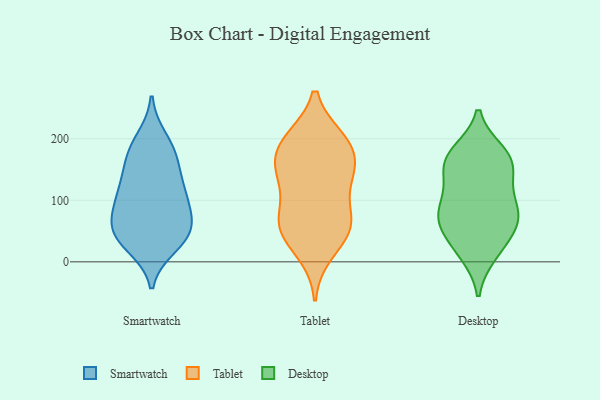
{"axis": {"x": "Demand Index", "y": "Value"}, "legend": ["Desktop", "Smartwatch", "Tablet"], "data": [{"x": "", "y": 89, "type": "Smartwatch"}, {"x": "", "y": 45, "type": "Smartwatch"}, {"x": "", "y": 112, "type": "Smartwatch"}, {"x": "", "y": 157, "type": "Smartwatch"}, {"x": "", "y": 43, "type": "Smartwatch"}, {"x": "", "y": 87, "type": "Smartwatch"}, {"x": "", "y": 44, "type": "Smartwatch"}, {"x": "", "y": 199, "type": "Smartwatch"}, {"x": "", "y": 174, "type": "Smartwatch"}, {"x": "", "y": 123, "type": "Smartwatch"}, {"x": "", "y": 179, "type": "Smartwatch"}, {"x": "", "y": 118, "type": "Smartwatch"}, {"x": "", "y": 45, "type": "Smartwatch"}, {"x": "", "y": 67, "type": "Smartwatch"}, {"x": "", "y": 27, "type": "Smartwatch"}, {"x": "", "y": 70, "type": "Tablet"}, {"x": "", "y": 62, "type": "Tablet"}, {"x": "", "y": 150, "type": "Tablet"}, {"x": "", "y": 196, "type": "Tablet"}, {"x": "", "y": 69, "type": "Tablet"}, {"x": "", "y": 193, "type": "Tablet"}, {"x": "", "y": 16, "type": "Tablet"}, {"x": "", "y": 49, "type": "Tablet"}, {"x": "", "y": 144, "type": "Tablet"}, {"x": "", "y": 183, "type": "Tablet"}, {"x": "", "y": 198, "type": "Tablet"}, {"x": "", "y": 131, "type": "Tablet"}, {"x": "", "y": 56, "type": "Tablet"}, {"x": "", "y": 141, "type": "Tablet"}, {"x": "", "y": 81, "type": "Desktop"}, {"x": "", "y": 82, "type": "Desktop"}, {"x": "", "y": 115, "type": "Desktop"}, {"x": "", "y": 165, "type": "Desktop"}, {"x": "", "y": 177, "type": "Desktop"}, {"x": "", "y": 65, "type": "Desktop"}, {"x": "", "y": 149, "type": "Desktop"}, {"x": "", "y": 13, "type": "Desktop"}, {"x": "", "y": 91, "type": "Desktop"}, {"x": "", "y": 178, "type": "Desktop"}, {"x": "", "y": 145, "type": "Desktop"}, {"x": "", "y": 163, "type": "Desktop"}, {"x": "", "y": 46, "type": "Desktop"}, {"x": "", "y": 78, "type": "Desktop"}, {"x": "", "y": 50, "type": "Desktop"}, {"x": "", "y": 16, "type": "Desktop"}]}